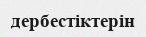
дербестіктерін